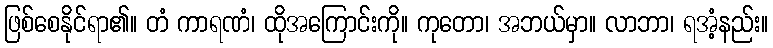
ဖြစ်စေနိုင်ရာ၏။ တံ ကာရဏံ၊ ထိုအကြောင်းကို။ ကုတော၊ အဘယ်မှာ။ လာဘာ၊ ရအံ့နည်း။